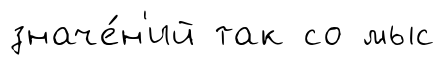
значе́н'ий так со мыс